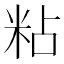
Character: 粘